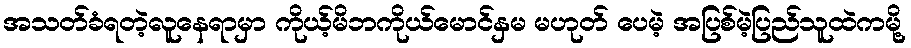
အသတ်ခံရတဲ့လူနေရာမှာ ကိုယ့်မိဘကိုယ်မောင်နှမ မဟုတ် ပေမဲ့ အပြစ်မဲ့ပြည်သူထဲကမို့